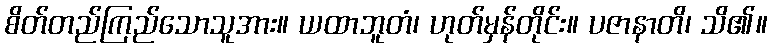
စိတ်တည်ကြည်သောသူအား။ ယထာဘူတံ၊ ဟုတ်မှန်တိုင်း။ ပဇာနာတိ၊ သိ၏။